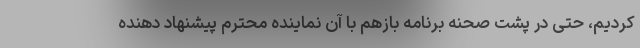
کردیم، حتی در پشت صحنه برنامه بازهم با آن نماینده محترم پیشنهاد دهنده